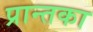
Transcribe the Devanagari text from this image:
प्रान्तका